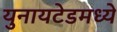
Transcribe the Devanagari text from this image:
युनायटेडमध्ये